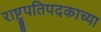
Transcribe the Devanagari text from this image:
राष्ट्रपतिपदकाच्या